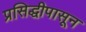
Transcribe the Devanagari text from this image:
प्रसिद्धीपासून